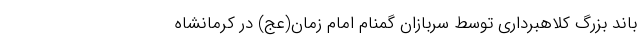
باند بزرگ کلاهبرداری توسط سربازان گمنام امام زمان(عج) در کرمانشاه